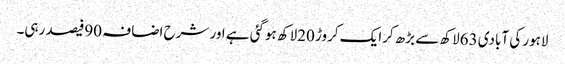
لاہور کی آبادی 63لاکھ سے بڑھ کرایک کروڑ 20لاکھ ہوگئی ہے اور شرح اضافہ 90فیصد رہی۔